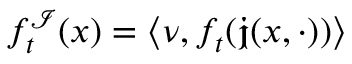
f _ { t } ^ { \mathcal { I } } ( x ) = \langle \nu , f _ { t } ( \mathfrak { j } ( x , \cdot ) ) \rangle